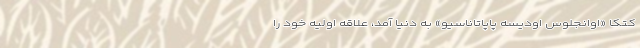
کتکا «اوانجلوس اودیسه پاپاتاناسیو» به دنیا آمد، علاقه اولیه خود را